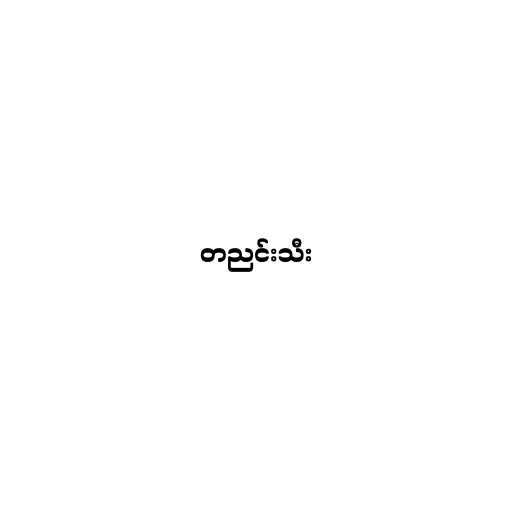
တညင်းသီး